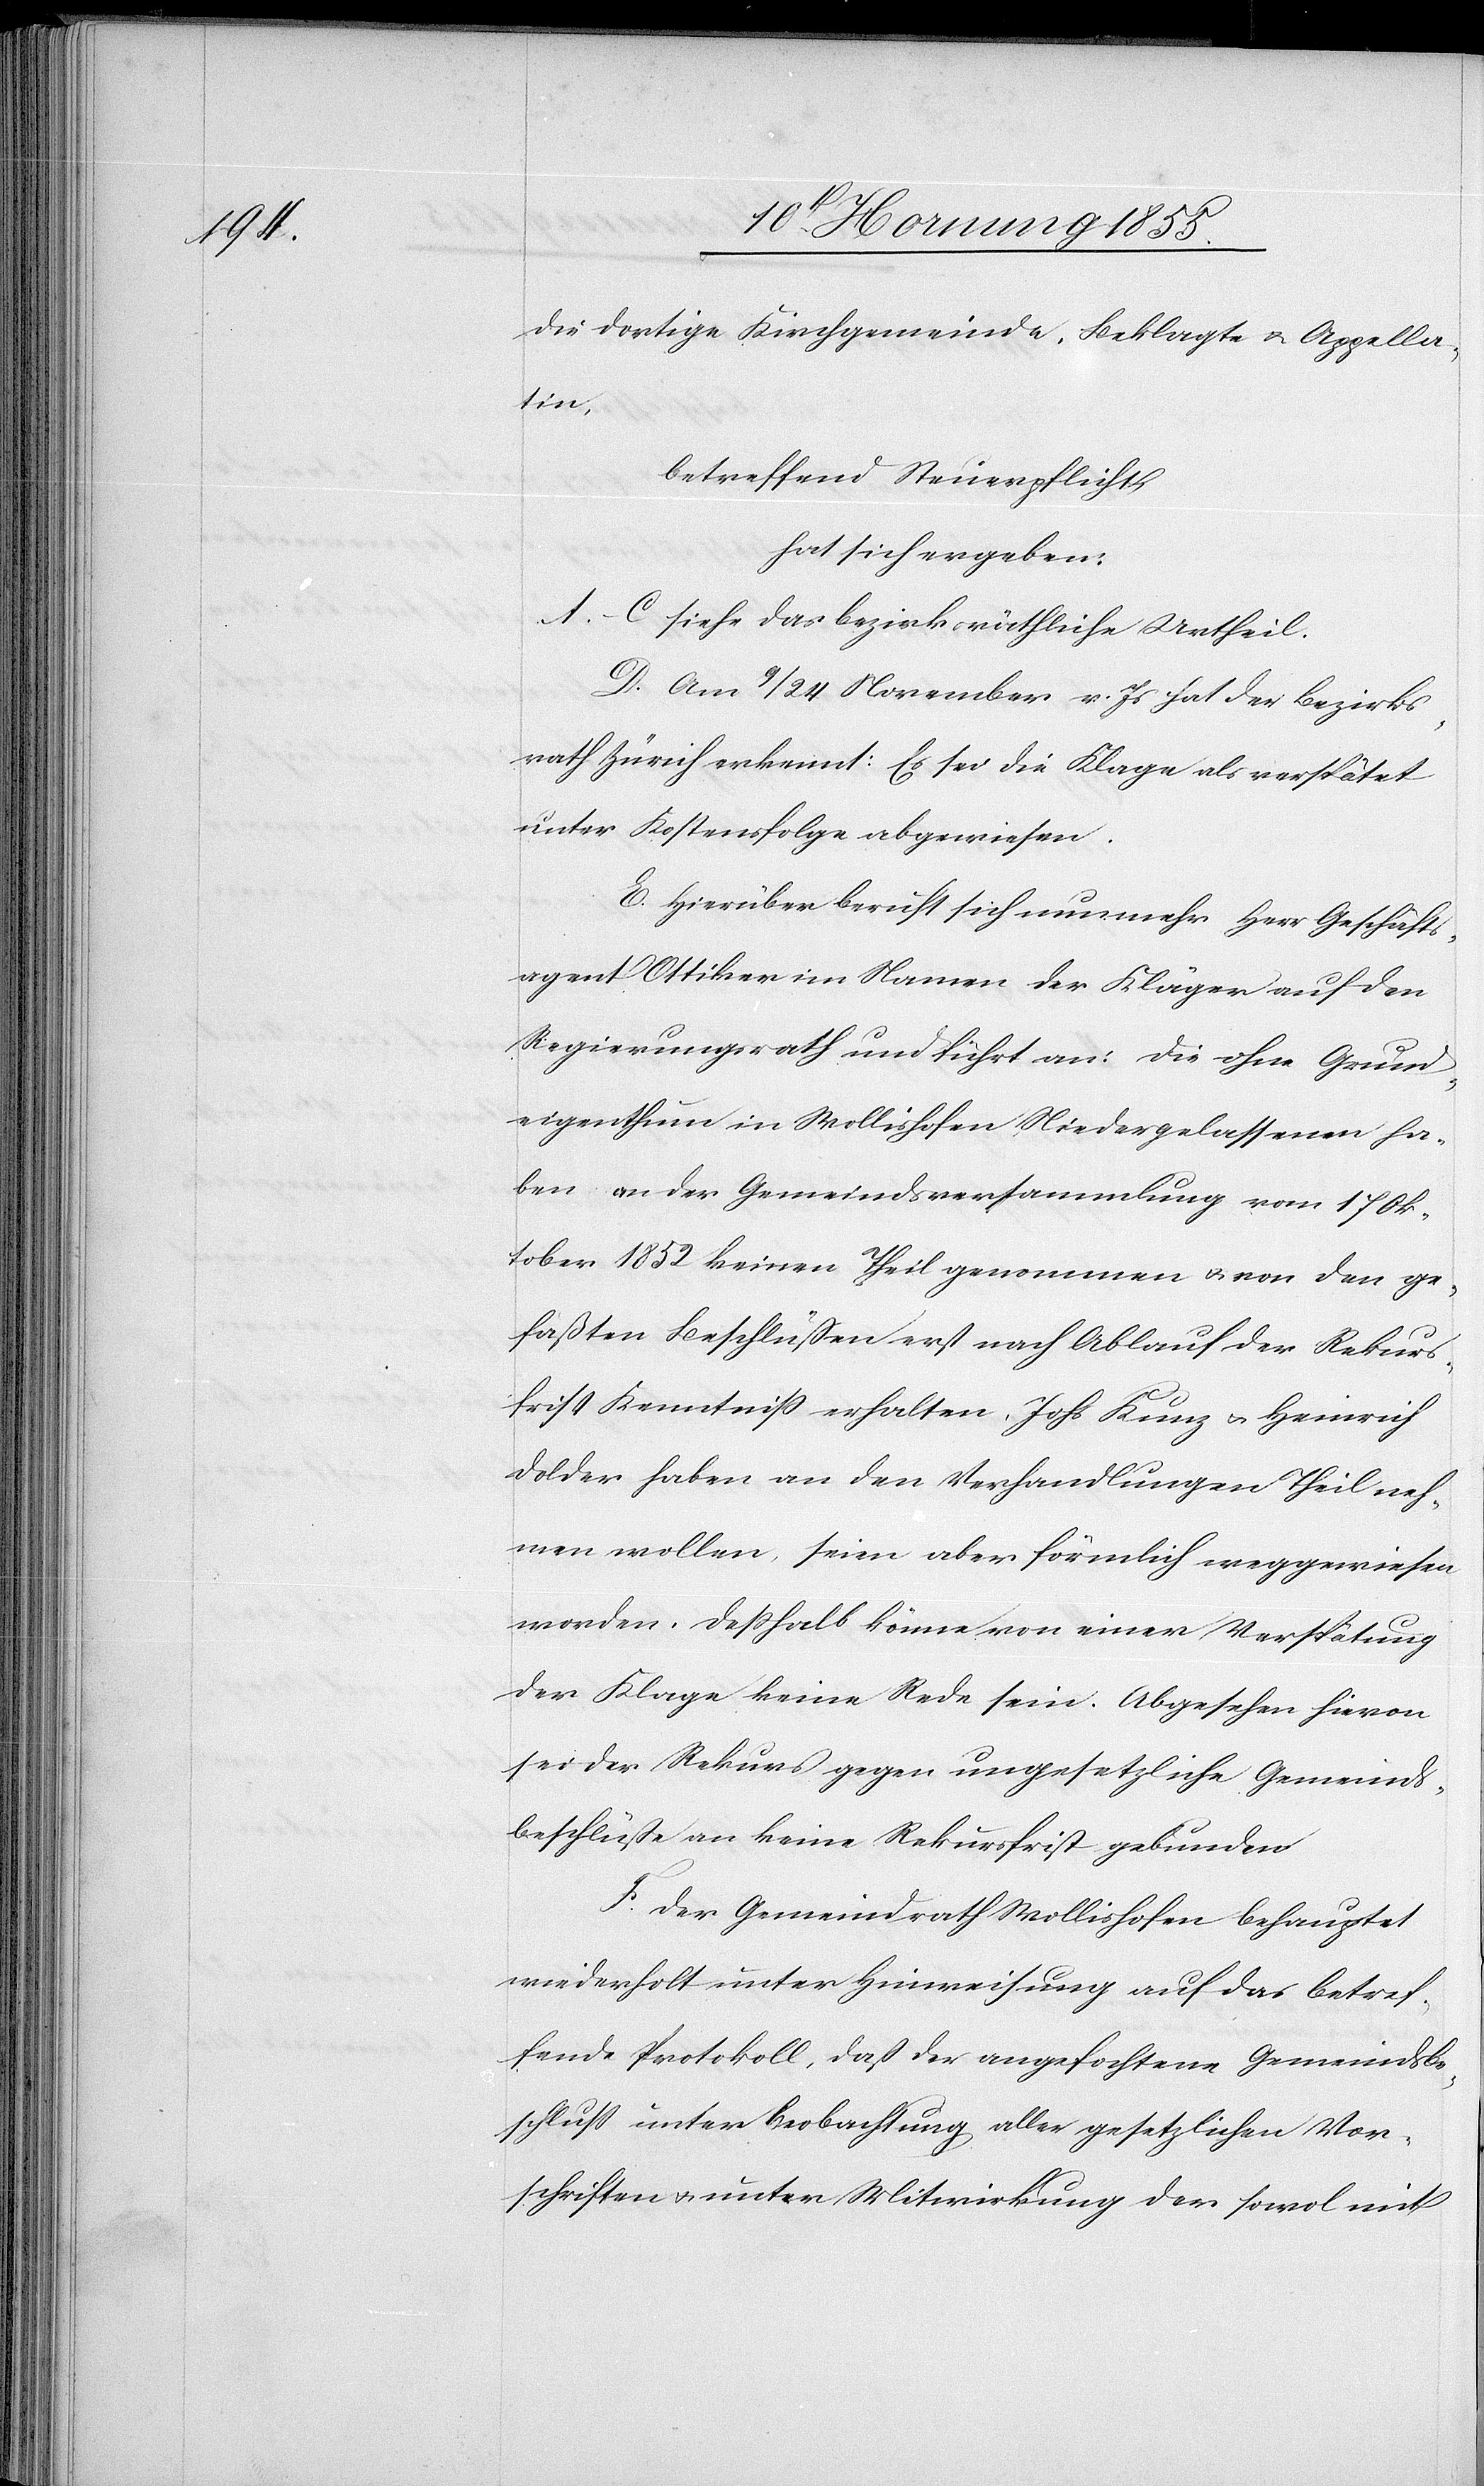
die dortige Kirchgemeinde, Beklagte & Appella¬
tin,
betreffend Steuerpflicht,
hat sich ergeben:
A.–C siehe das bezirksräthliche Urtheil.
D. Am 9 / 24 November v. Js hat der Bezirks¬
rath Zürich erkennt: Es sei die Klage als verspätet
unter Kostensfolge abgewiesen.
E. Hierüber beruft sich nunmehr Herr Geschäfts¬
agent Ottiker im Namen der Kläger auf den
Regierungsrath und führt an. Die ohne Grund¬
eigenthum in Wollishofen Niedergelassenen ha¬
ben an der Gemeindsversammlung vom 17 Ok¬
tober 1852 keinen Theil genommen & von den ge¬
faßten Beschlüssen erst nach Ablauf der Rekurs¬
frist Kenntniß erhalten. Johs Kunz & Heinrich
Dolder haben an den Verhandlungen Theil neh¬
men wollen, seien aber förmlich weggewiesen
worden. Deßhalb könne von einer Verspätung
der Klage keine Rede sein. Abgesehen hievon
sei der Rekurs gegen ungesetzliche Gemeinds¬
beschlüsse an keine Rekursfrist gebunden
F. Der Gemeindrath Wollishofen behauptet
wiederholt unter Hinweisung auf das betref¬
fende Protokoll, dass der angefochtene Gemeindsbe¬
schluss unter Beobachtung aller gesetzlichen Vor¬
schriften & unter Mitwirkung der sowol mit